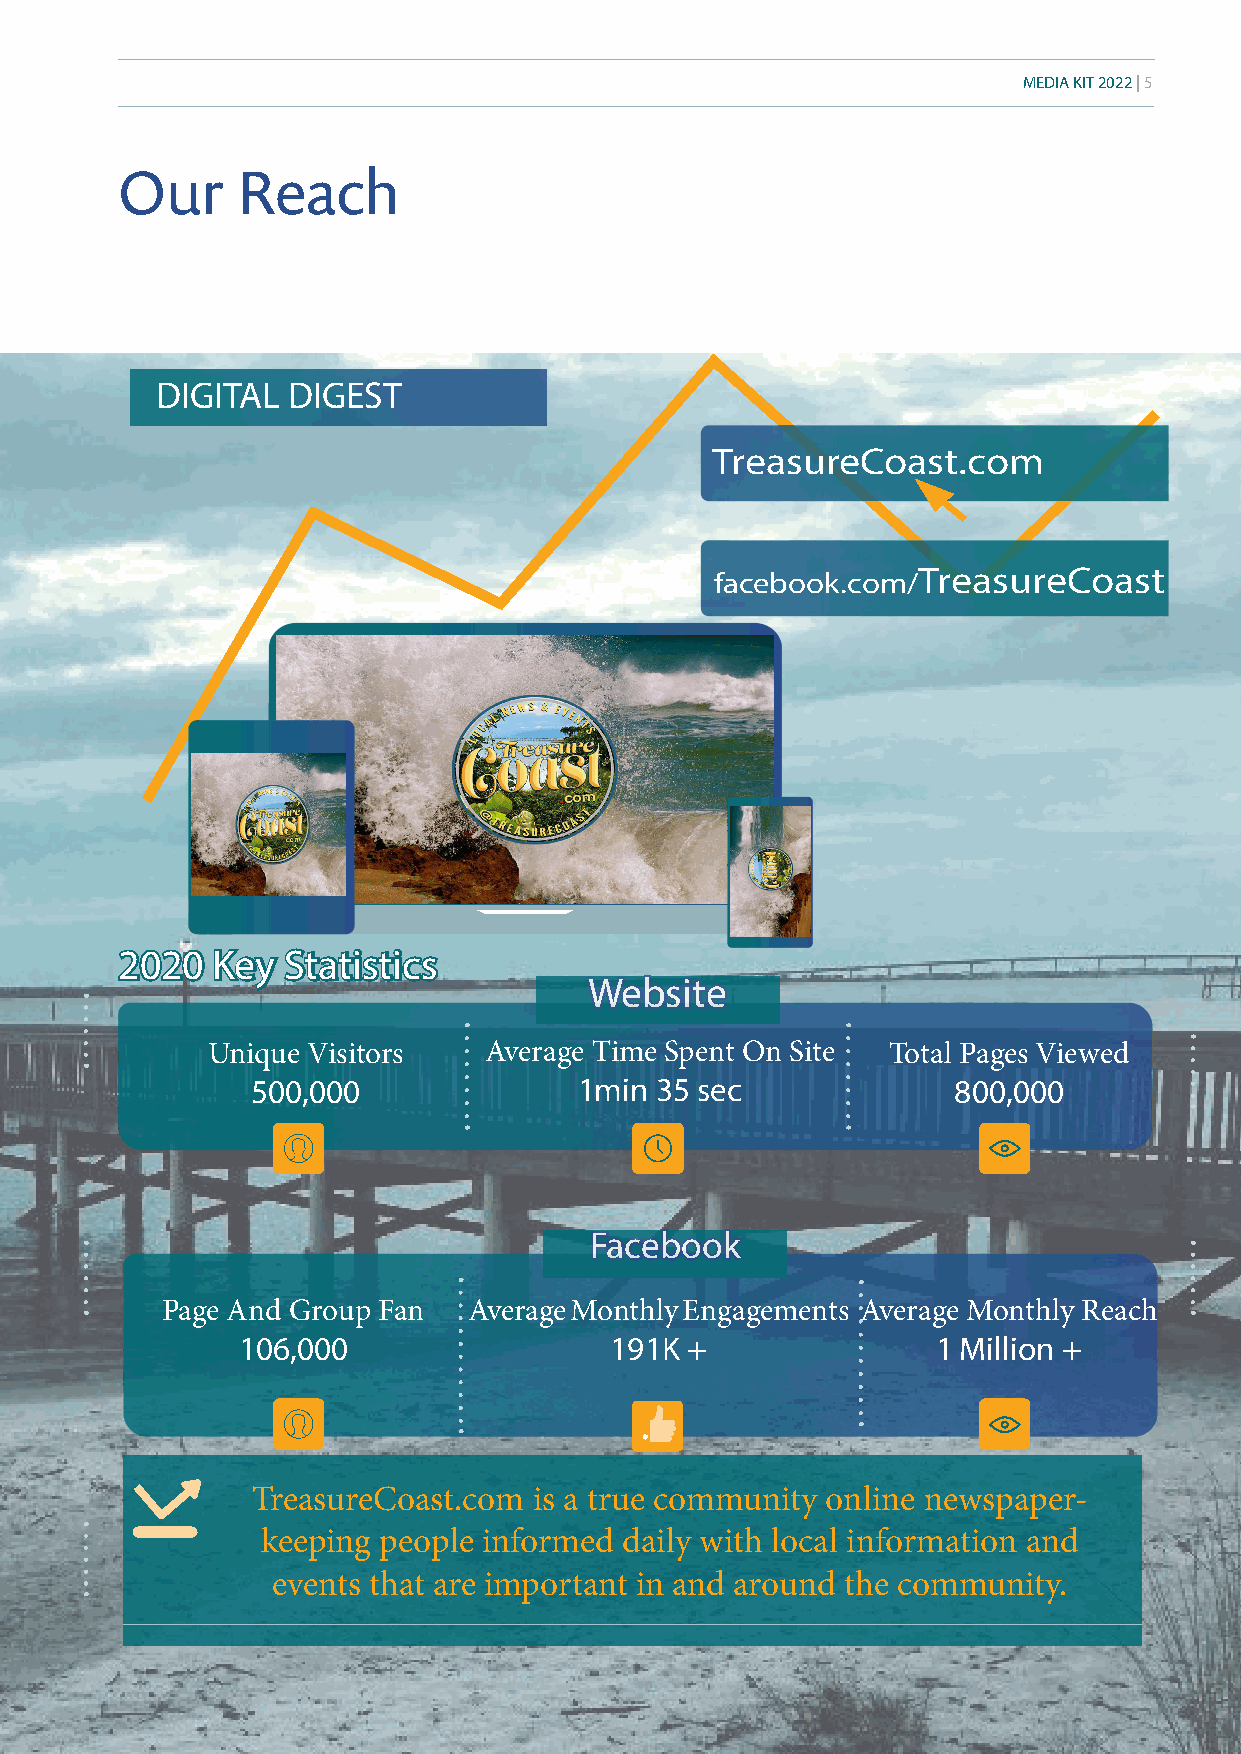
MEDIA KIT 2022 | 5
 Our     Reach
 DIGITAL  DIGEST
 TreasureCoast.com
 facebook.com/TreasureCoast
 22002200 KKeeyy SSttaattiissttiiccss
 WWeebbssiittee
 Unique Visitors   Average Time Spent On Site Total Pages Viewed
 500,000              1min 35 sec              800,000
 FFaacceebbooookk
 Page And Group Fan  Average Monthly Engagements Average Monthly Reach
 106,000                 191K +                1 Million +
 TreasureCoast.com is a true community online newspaper-
 keeping people informed daily with local information and
 events that are important in and around the community.